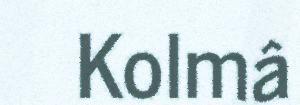
Kolmâ